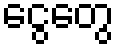
ငွေတွေ